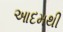
આદમથી